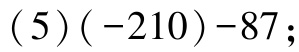
\((5)(-210)-87\)